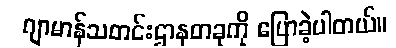
ဂျာမာန်သတင်းဌာနတခုကို ပြောခဲ့ပါတယ်။